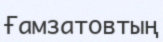
Ғамзатовтың